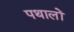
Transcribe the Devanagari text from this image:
पथालों